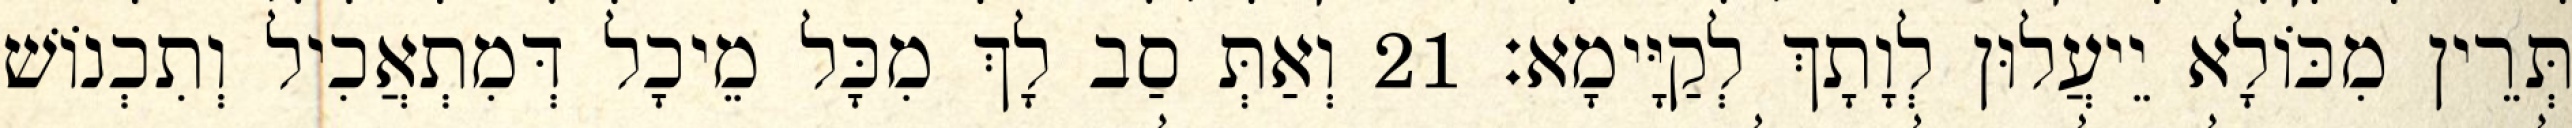
תְּרֵין מִכּוֹלָא יֵיעֲלוּן לְוָתָךְ לְקַיָּימָא׃ 21 וְאַתְּ סַב לָךְ מִכָּל מֵיכָל דְּמִתְאֲכִיל וְתִכְנוֹשׁ